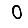
Digit: 0